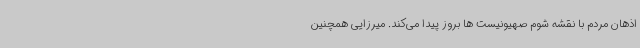
اذهان مردم با نقشه شوم صهیونیست ها بروز پیدا می‌کند. میرزایی همچنین